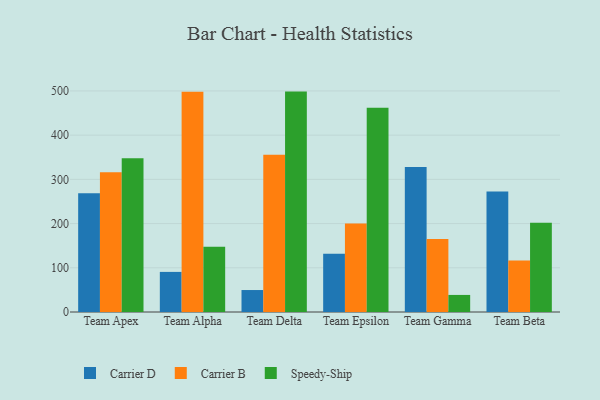
{"axis": {"x": "Team", "y": "Latency (ms)"}, "legend": ["Carrier B", "Carrier D", "Speedy-Ship"], "data": [{"x": "Team Apex", "y": 268.8, "type": "Carrier D"}, {"x": "Team Apex", "y": 316.3, "type": "Carrier B"}, {"x": "Team Apex", "y": 347.5, "type": "Speedy-Ship"}, {"x": "Team Alpha", "y": 90.7, "type": "Carrier D"}, {"x": "Team Alpha", "y": 498.4, "type": "Carrier B"}, {"x": "Team Alpha", "y": 147.6, "type": "Speedy-Ship"}, {"x": "Team Delta", "y": 49.7, "type": "Carrier D"}, {"x": "Team Delta", "y": 355.7, "type": "Carrier B"}, {"x": "Team Delta", "y": 498.5, "type": "Speedy-Ship"}, {"x": "Team Epsilon", "y": 131.7, "type": "Carrier D"}, {"x": "Team Epsilon", "y": 200.0, "type": "Carrier B"}, {"x": "Team Epsilon", "y": 461.9, "type": "Speedy-Ship"}, {"x": "Team Gamma", "y": 327.9, "type": "Carrier D"}, {"x": "Team Gamma", "y": 164.9, "type": "Carrier B"}, {"x": "Team Gamma", "y": 38.6, "type": "Speedy-Ship"}, {"x": "Team Beta", "y": 272.3, "type": "Carrier D"}, {"x": "Team Beta", "y": 116.3, "type": "Carrier B"}, {"x": "Team Beta", "y": 202.0, "type": "Speedy-Ship"}]}